Leaving Certificate Examination (including Day School Certificate (Higher) General paper), 1931
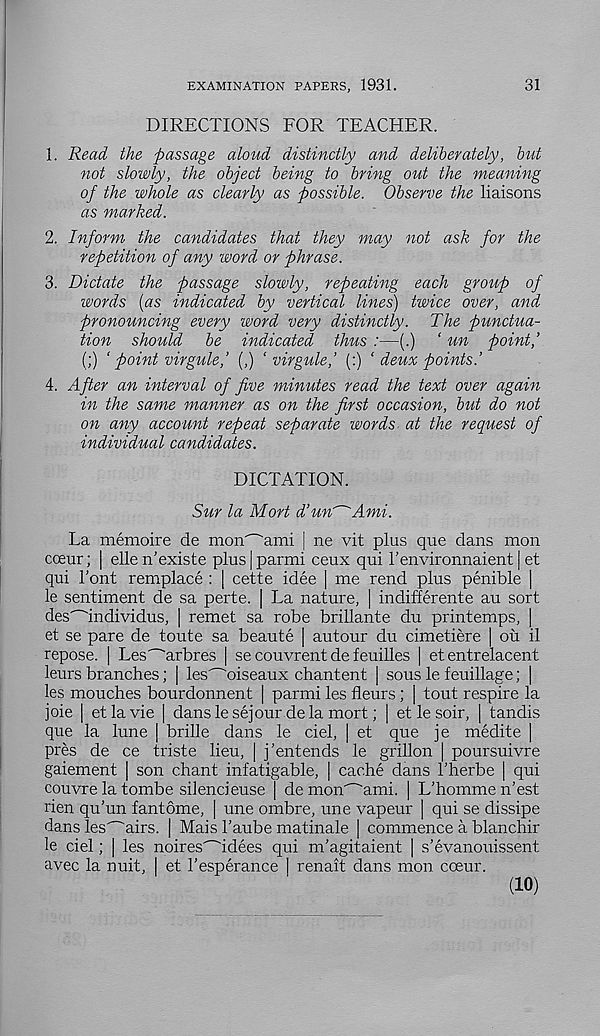
EXAMINATION PAPERS, 1931.
31
DIRECTIONS FOR TEACHER.
1. Read the passage aloud distinctly and deliberately, but
not slowly, the object being to bring out the meaning
of the whole as clearly as possible. Observe the liaisons
as marked.
2. Inform the candidates that they may not ask for the
repetition of any word or phrase.
3. Dictate the passage slowly, repeating each group of
words [as indicated by vertical lines) twice over, and
pronouncing every word very distinctly. The punctua-
tion should be indicated thus :—(.) ‘ un point,’
(;) ‘point virgule,’ (,) ‘ virgule,’ (:) ‘ deux points.’
4. After an interval of five minutes read the text over again
in the same manner as on the first occasion, but do not
on any account repeat separate words at the request of
individual candidates.
DICTATION.
Sur la Mort d’un^Ami.
La memoire de mon'~'ami | ne vit plus que dans mon
coeur; | elle n'existe plus | parmi ceux qui Tenvironnaient | et
qui Font remplace : | cette idee | me rend plus penible |
le sentiment de sa perte. | La nature, | indifferente au sort
des^individus, | remet sa robe brillante du printemps, |
et se pare de toute sa beaute [ autour du cimetiere | ou il
repose. | Les^arbres | se couvrent de feuilles | et entrelacent
leurs branches; | les^oiseaux chantent [ sous le feuillage; |
les mouches bourdonnent | parmi les fleurs ; | tout respire la
joie | etlavie | danslesejour dela mort; | et le soir, | tandis
que la lune | brille dans le ciel, | et que je medite |
pres de ce triste lieu, | j’entends le grillon | poursuivre
gaiement | son chant infatigable, | cache dans Fherbe | qui
couvre la tombe silencieuse | de mon'~'ami. | L’homme n’est
rien qu'un fantome, | une ombre, une vapeur | qui se dissipe
dans les^airs. | Mais Faube matinale | commence a blanchir
le ciel; | les noires^idees qui m’agitaient | s’evanouissent
avec la nuit, | et Fesperance ] renait dans mon coeur.
(10)